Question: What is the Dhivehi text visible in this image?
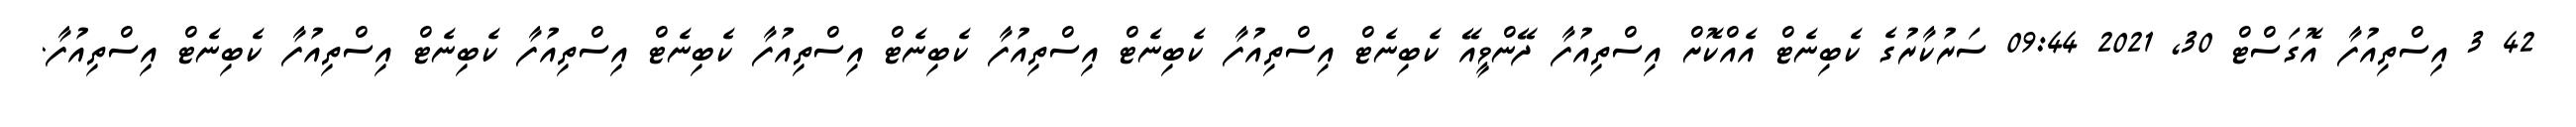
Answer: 42 3 އިސްތިއުފާ އޮގަސްޓް 30, 2021 09:44 ސަރުކާރުގެ ކެބިނެޓް އެއްކޮށް އިސްތިއުފާ ދޭންވީއޭ ކެބިނެޓް އިސްތިއުފާ ކެބިނެޓް އިސްތިއުފާ ކެބިނެޓް އިސްތިއުފާ ކެބިނެޓް އިސްތިއުފާ ކެބިނެޓް އިސްތިއުފާ ކެބިނެޓް އިސްތިއުފާ.